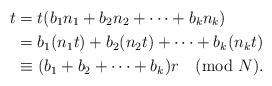
LaTeX: \begin{align*}t&= t(b_1n_1+b_2n_2 + \cdots+b_kn_k) \\&= b_1 (n_1 t) + b_2 (n_2 t) + \cdots + b_k (n_k t) \\&\equiv (b_1 + b_2 + \cdots + b_k)r \pmod{N}.\end{align*}